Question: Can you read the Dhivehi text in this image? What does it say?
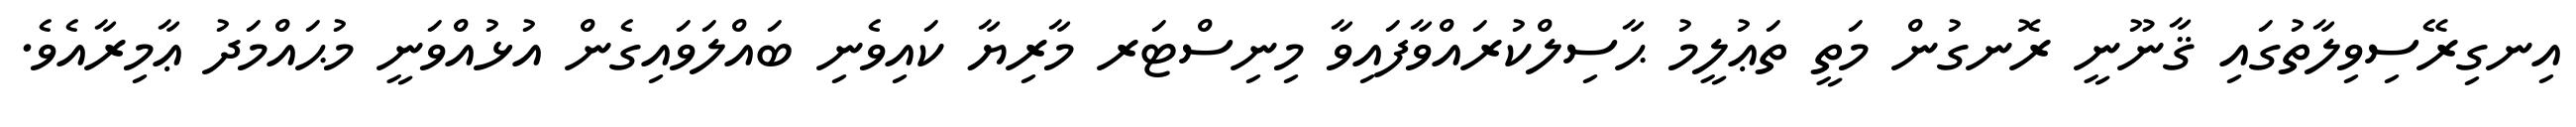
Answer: އިނގިރޭސިވިލާތުގައި ޤާނޫނީ ރޮނގުން މަތީ ތަޢުލީމު ޙާސިލްކުރައްވާފައިވާ މިނިސްޓަރ މާރިޔާ ކައިވެނި ބައްލަވައިގެން އުޅުއްވަނީ މުޙައްމަދު ޢާމިރާއެވެ.